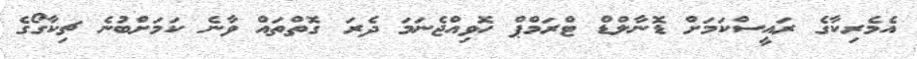
އެމެރިކާގެ ރައީސްކަމަށް ޑޮނާލްޑް ޓްރަމްޕް ހޮވިއްޖެނަމަ ދެރަ ގޮތްތައް ވާނެ ކަމަށްބުނެ ޗިކާގޯގެ